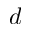
d